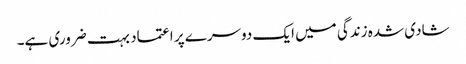
شادی شدہ زندگی میں ایک دوسرے پر اعتماد بہت ضروری ہے۔